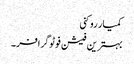
کمیار روکنی
بہترین فیشن فوٹوگرافر۔